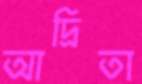
আদ্রিতা